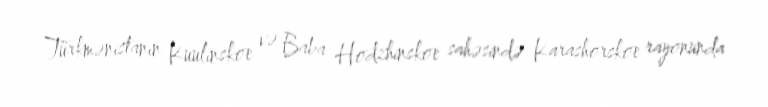
Türkmənistanın Kuulinskoe və Baba Hodzhinskoe sahəsində Karashorskoe rayonunda